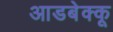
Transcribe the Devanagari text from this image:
आडबेक्कू